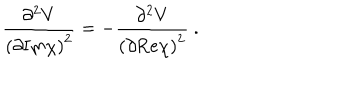
LaTeX: \frac { \partial ^ { 2 } V } { \left( \partial \mathrm { I m } \chi \right) ^ { 2 } } = - \frac { \partial ^ { 2 } V } { \left( \partial \mathrm { R e } \chi \right) ^ { 2 } } \ .